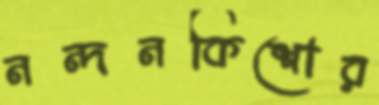
নন্দনকিশোর